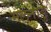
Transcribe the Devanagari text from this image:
मलनाडु